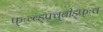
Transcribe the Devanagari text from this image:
फ्ःव्ब्ड्फ्व्बीड्फ्ःव